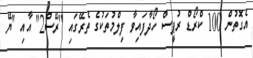
އެގޮތުން 100 ކްރޯޑް ރުޕީސް ހޯދާފައިވާ ފިލްމުތަކުގެ ތެރޭގައި "ރޭސް2" އާއި "ޔޭ